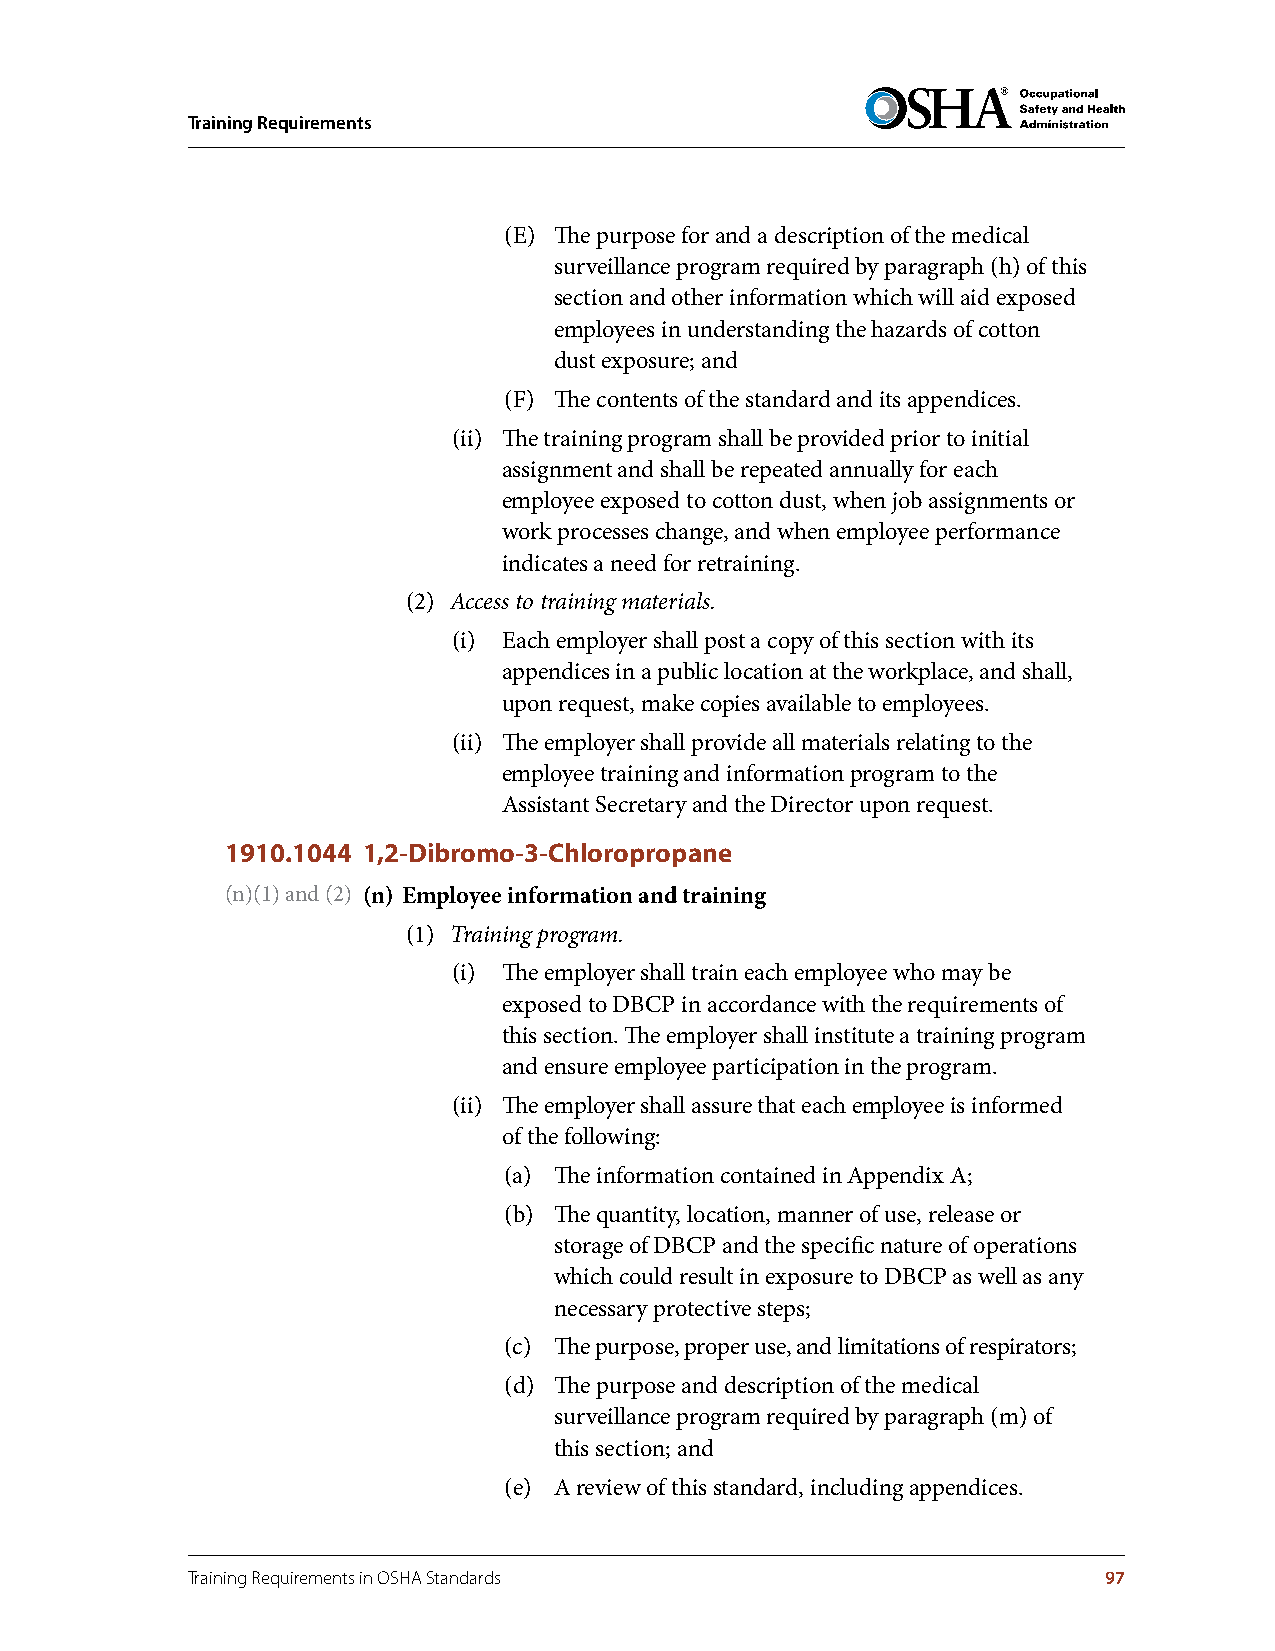
Training Requirements
 (E) The purpose for and a description of the medical
 surveillance program required by paragraph (h) of this
 section and other information which will aid exposed
 employees in understanding the hazards of cotton
 dust exposure; and
 (F) The contents of the standard and its appendices.
 (ii) The training program shall be provided prior to initial
 assignment and shall be repeated annually for each
 employee exposed to cotton dust, when job assignments or
 work processes change, and when employee performance
 indicates a need for retraining.
 (2) Access to training materials.
 (i) Each employer shall post a copy of this section with its
 appendices in a public location at the workplace, and shall,
 upon request, make copies available to employees.
 (ii) The employer shall provide all materials relating to the
 employee training and information program to the
 Assistant Secretary and the Director upon request.
 1910.1044 1,2-Dibromo-3-Chloropropane
 (n)(1) and (2) (n) Employee information and training
 (1) Training program.
 (i) The employer shall train each employee who may be
 exposed to DBCP in accordance with the requirements of
 this section. The employer shall institute a training program
 and ensure employee participation in the program.
 (ii) The employer shall assure that each employee is informed
 of the following:
 (a) The information contained in Appendix A;
 (b) The quantity, location, manner of use, release or
 storage of DBCP and the specific nature of operations
 which could result in exposure to DBCP as well as any
 necessary protective steps;
 (c) The purpose, proper use, and limitations of respirators;
 (d) The purpose and description of the medical
 surveillance program required by paragraph (m) of
 this section; and
 (e) A review of this standard, including appendices.
 Training Requirements in OSHA Standards                      97